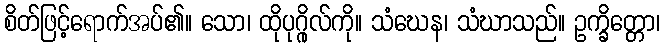
စိတ်ဖြင့်ရောက်အပ်၏။ သော၊ ထိုပုဂ္ဂိုလ်ကို။ သံဃေန၊ သံဃာသည်။ ဥက္ခိတ္တော၊